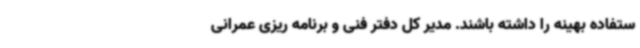
ستفاده بهینه را داشته باشند. مدیر کل دفتر فنی و برنامه ریزی عمرانی